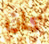
كان